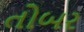
તોબર